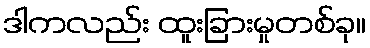
ဒါကလည်း ထူးခြားမှုတစ်ခု။